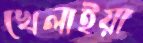
খেলাইয়া